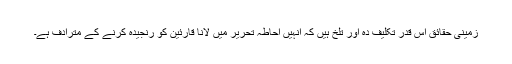
زمینی حقائق اس قدر تکلیف دہ اور تلخ ہیں کہ انہیں احاطہ تحریر میں لانا قارئین کو رنجیدہ کرنے کے مترادف ہے۔